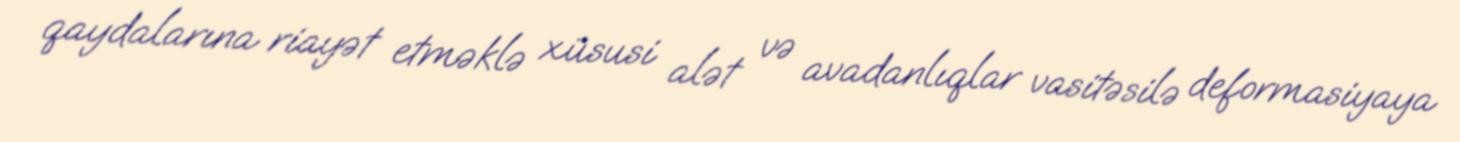
qaydalarına riayət etməklə xüsusi alət və avadanlıqlar vasitəsilə deformasiyaya